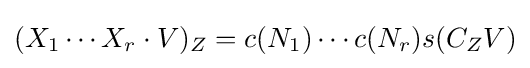
(X_{1}\cdots X_{r}\cdot V)_{Z}=c(N_{1})\cdots c(N_{r})s(C_{Z}V)